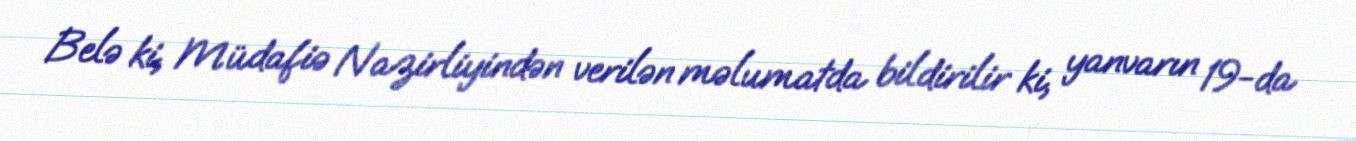
Belə ki, Müdafiə Nazirliyindən verilən məlumatda bildirilir ki, yanvarın 19-da